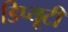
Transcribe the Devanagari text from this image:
डिप्यूटी